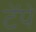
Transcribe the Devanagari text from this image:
टेंपे